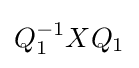
Q_{1}^{-1}XQ_{1}